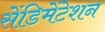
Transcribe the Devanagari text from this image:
सेंडिमेंटेशन